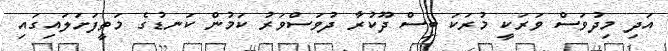
އަދި މިދުވަސް ވަރަކީ މުރަކަ ބިސް ދޫކުރާ ދުވަސްވަރު ކަމުން ކަނޑުގެ މަތީފަށަލައިގައި